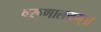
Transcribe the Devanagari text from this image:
वरूणालयम्॥